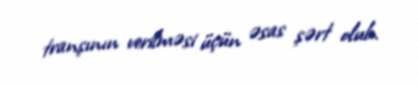
tranşının verilməsi üçün əsas şərt olub.